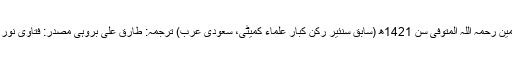
فضیلۃ الشیخ محمد بن صالح العثیمین رحمہ اللہ المتوفی سن 1421ھ (سابق سنئیر رکن کبار علماء کمیٹی، سعودی عرب) ترجمہ: طارق علی بروہی مصدر: فتاوی نور علی الدرب ج 1 ص 35 س 10۔